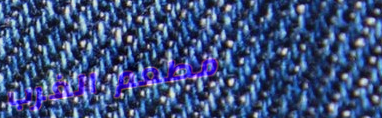
مطعم الغرب